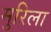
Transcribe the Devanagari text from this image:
मुरिला